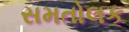
સમતોલક